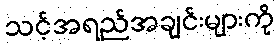
သင့်အရည်အချင်းများကို